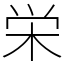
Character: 栄